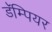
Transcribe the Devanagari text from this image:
डॅम्पियर